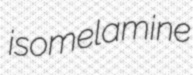
isomelamine